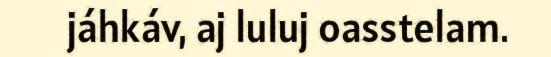
jáhkáv, aj luluj oasstelam.